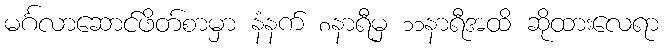
မင်္ဂလာဆောင်ဖိတ်စာမှာ နံနက် ၈နာရီမှ ၁၁နာရီအထိ ဆိုထားလေရာ